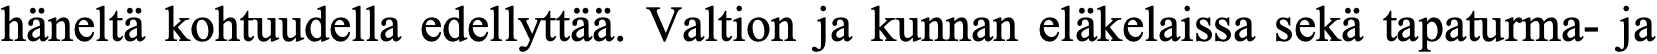
häneltä kohtuudella edellyttää. Valtion ja kunnan eläkelaissa sekä tapaturma- ja